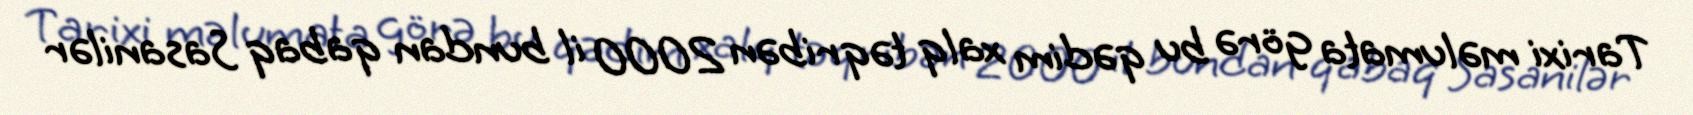
Tarixi məlumata görə bu qədim xalq təqribən 2000 il bundan qabaq Sasanilər